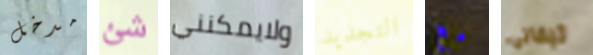
مدخل شئ ولايمكنني التجديد مع تيفاني